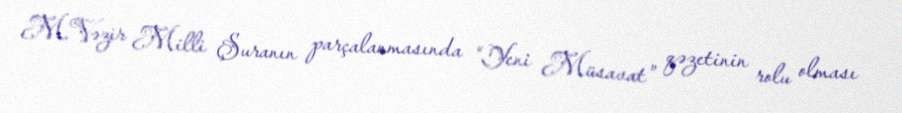
M.Vəzir Milli Şuranın parçalanmasında “Yeni Müsavat” qəzetinin rolu olması